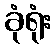
ခုံရုံး